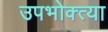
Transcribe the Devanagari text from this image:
उपभोक्त्या